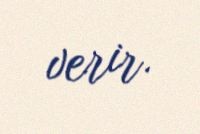
verir.